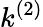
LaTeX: k^{(2)}